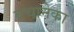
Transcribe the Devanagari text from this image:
बचानेका